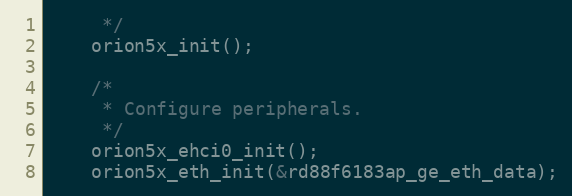
Language: C
	 */
	orion5x_init();

	/*
	 * Configure peripherals.
	 */
	orion5x_ehci0_init();
	orion5x_eth_init(&rd88f6183ap_ge_eth_data);